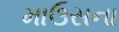
માઉસના